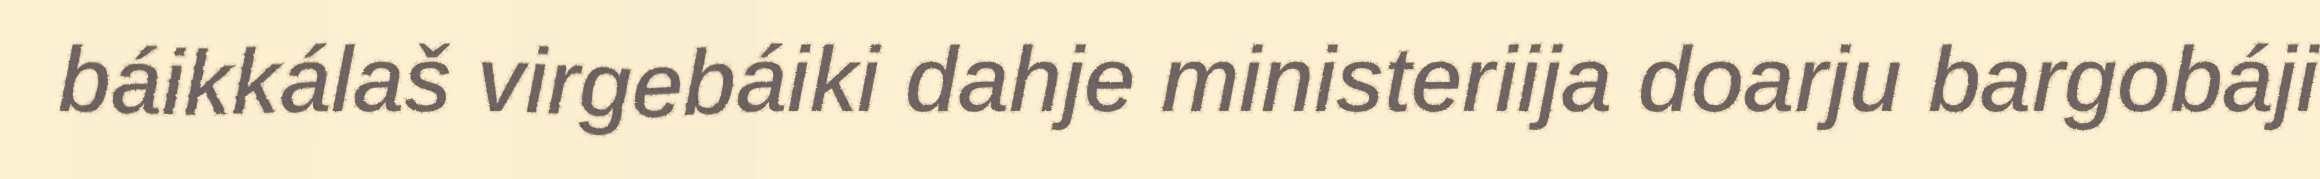
báikkálaš virgebáiki dahje ministeriija doarju bargobáji